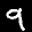
Label: 9